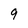
Character: 9